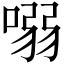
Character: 𠺁